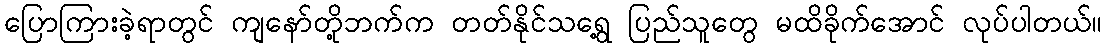
ပြောကြားခဲ့ရာတွင် ကျနော်တို့ဘက်က တတ်နိုင်သရွေ့ ပြည်သူတွေ မထိခိုက်အောင် လုပ်ပါတယ်။